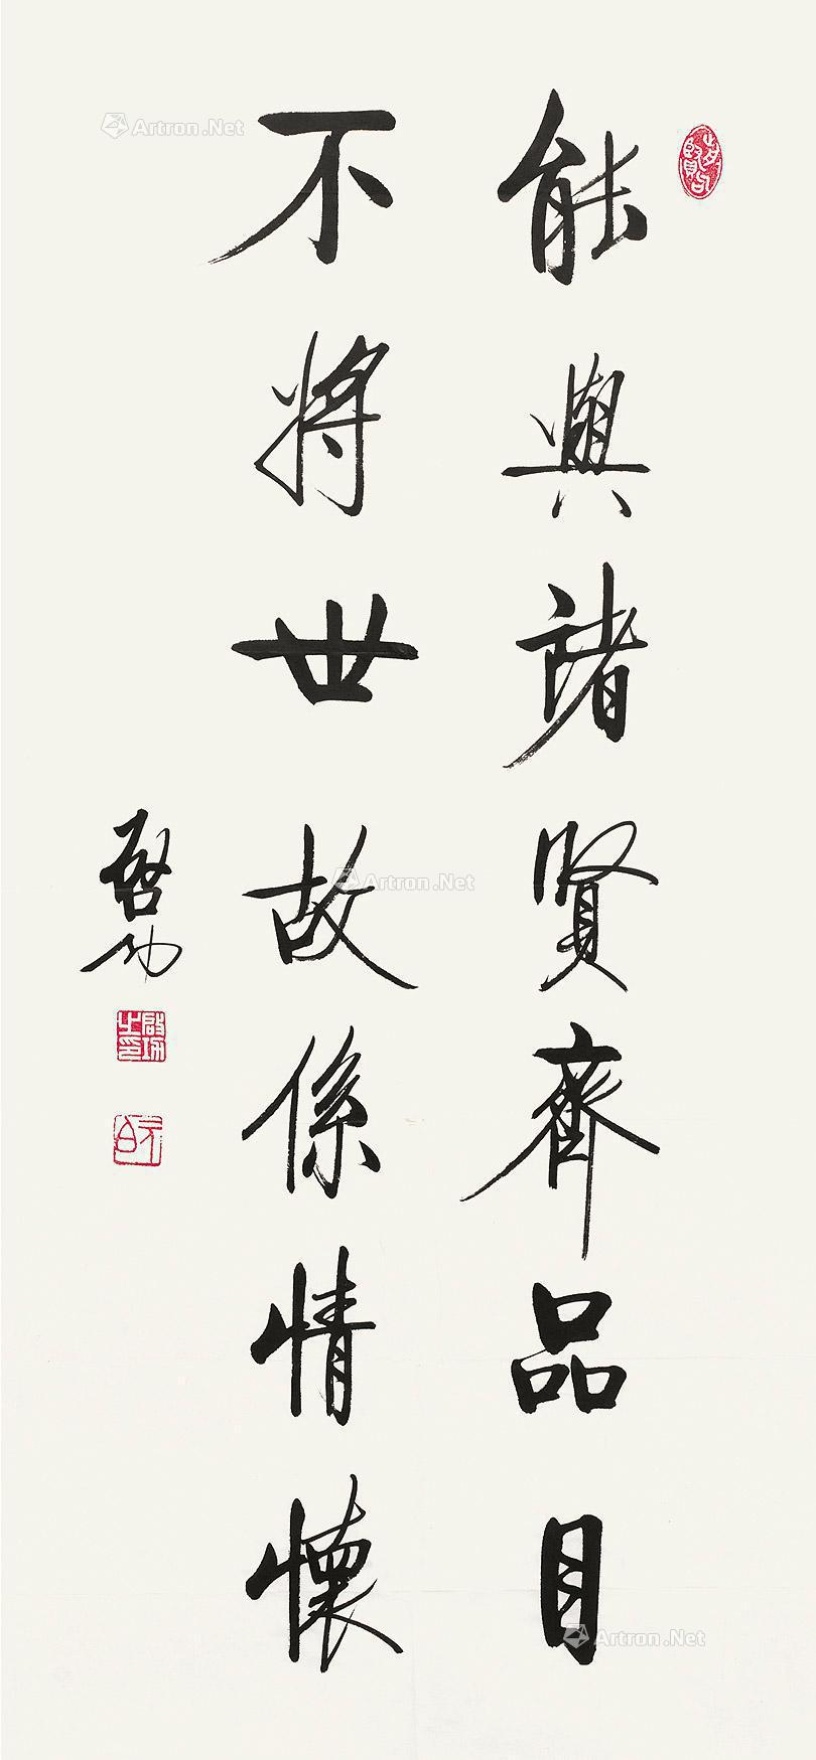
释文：能与诸贤齐品目，不将世故希情怀。启功